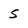
Character: S